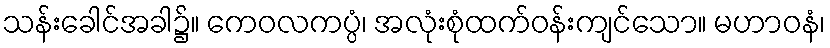
သန်းခေါင်အခါ၌။ ကေဝလကပ္ပံ၊ အလုံးစုံထက်ဝန်းကျင်သော။ မဟာဝနံ၊